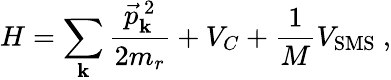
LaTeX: H=\sum_{\mathbf{k}}\frac{{\vec{{p}}_{\mathbf{k}}^{\ 2}}}{{2m_{r}}}+V_{C}+\frac{{1}}{{M}}V_{\mathrm{{SMS}}}\ ,